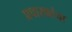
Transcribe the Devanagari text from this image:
प्रचारकांचा